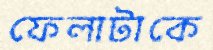
ফেলাটাকে